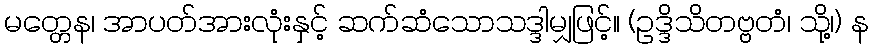
မတ္တေန၊ အာပတ်အားလုံးနှင့် ဆက်ဆံသောသဒ္ဒါမျှဖြင့်။ (ဥဒ္ဒိသိတဗ္ဗတံ၊ သို့၊) န